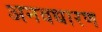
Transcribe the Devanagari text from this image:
अनवधारण